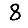
Digit: 8